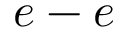
e - e